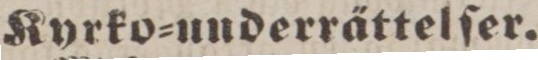
Kyrko=underrättelſer.